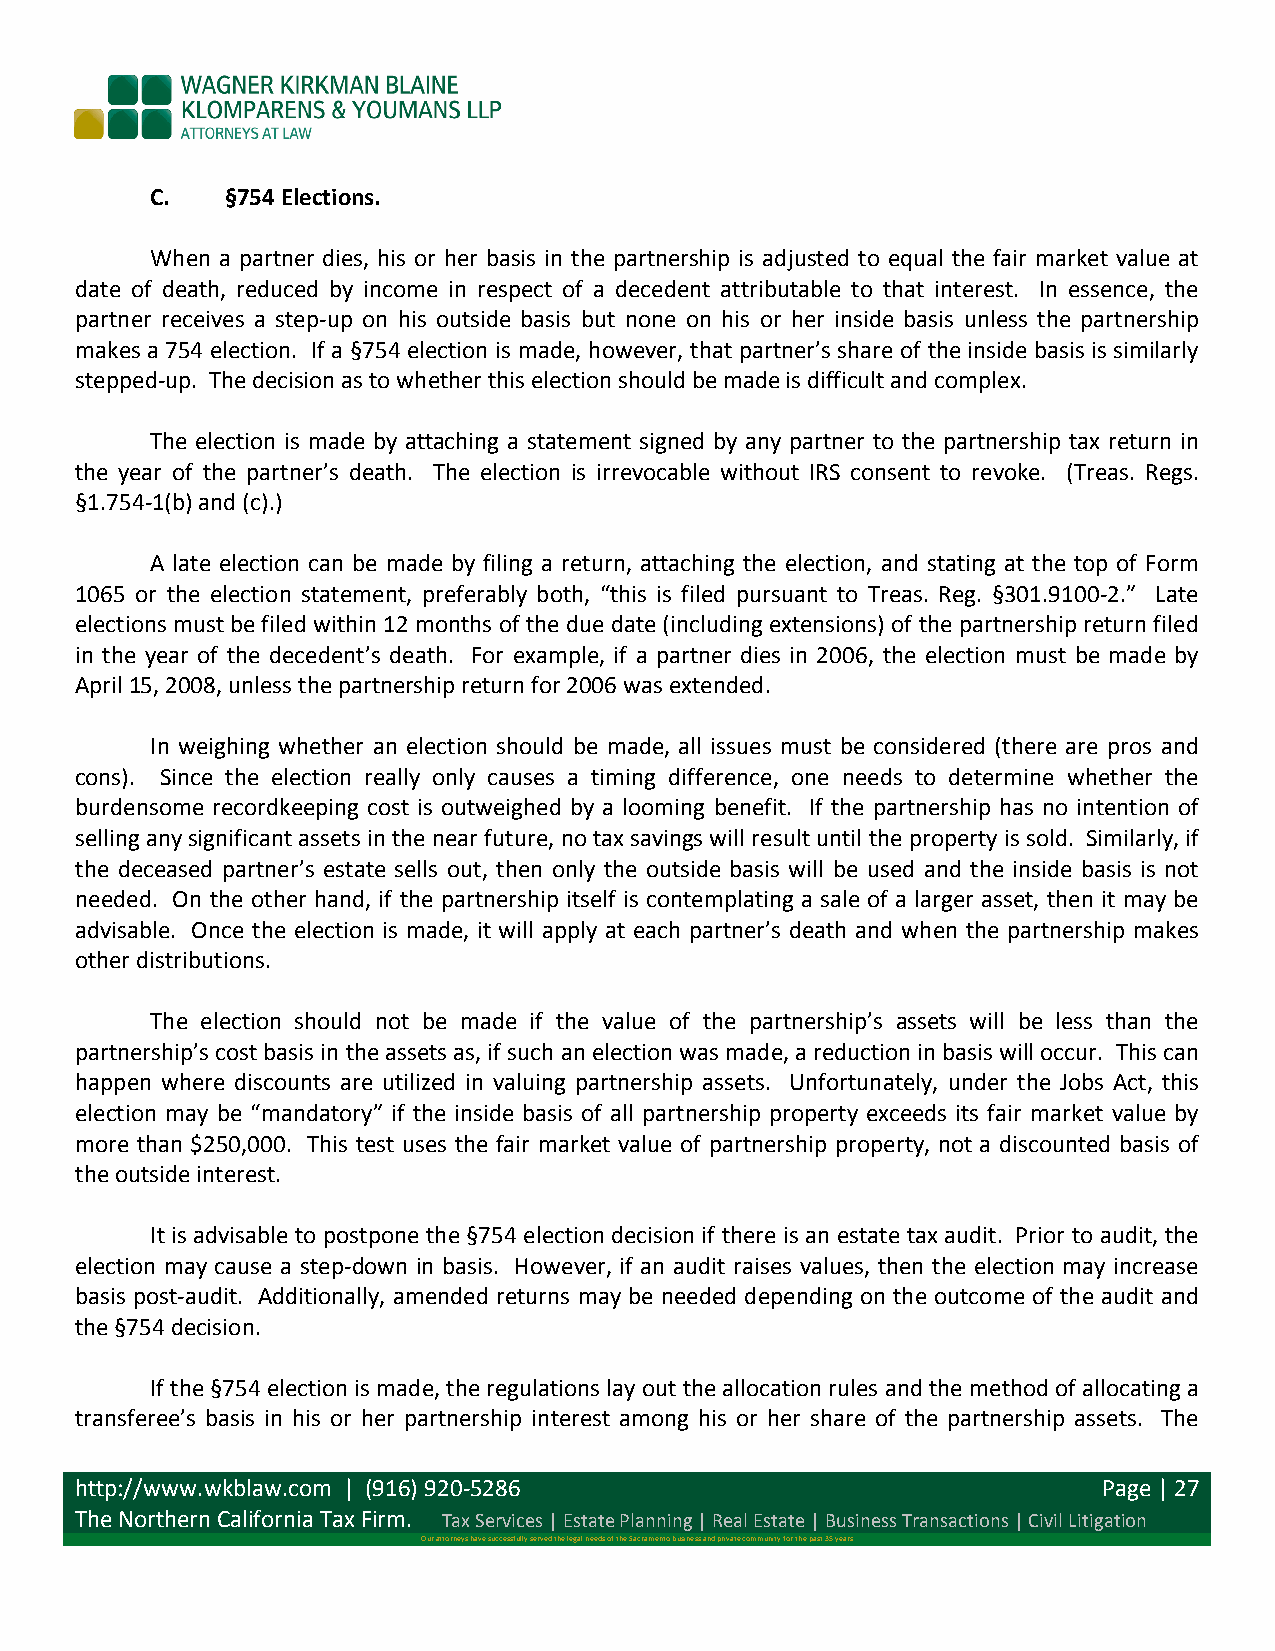
C.   §754 Elections.
 When a partner dies, his or her basis in the partnership is adjusted to equal the fair market value at
 date of death, reduced by income in respect of a decedent attributable to that interest. In essence, the
 partner receives a step-­‐up on his outside basis but none on his or her inside basis unless the partnership
 makes a 754 election. If a §754 election is made, however, that partner’s share of the inside basis is similarly
 stepped-­‐up. The decision as to whether this election should be made is difficult and complex.
 The election is made by attaching a statement signed by any partner to the partnership tax return in
 the year of the partner’s death. The election is irrevocable without IRS consent to revoke. (Treas. Regs.
 §1.754-­‐1(b) and (c).)
 A late election can be made by filing a return, attaching the election, and stating at the top of Form
 1065 or the election statement, preferably both, “this is filed pursuant to Treas. Reg. §301.9100-­‐2.” Late
 elections must be filed within 12 months of the due date (including extensions) of the partnership return filed
 in the year of the decedent’s death. For example, if a partner dies in 2006, the election must be made by
 April 15, 2008, unless the partnership return for 2006 was extended.
 In weighing whether an election should be made, all issues must be considered (there are pros and
 cons). Since the election really only causes a timing difference, one needs to determine whether the
 burdensome recordkeeping cost is outweighed by a looming benefit. If the partnership has no intention of
 selling any significant assets in the near future, no tax savings will result until the property is sold. Similarly, if
 the deceased partner’s estate sells out, then only the outside basis will be used and the inside basis is not
 needed. On the other hand, if the partnership itself is contemplating a sale of a larger asset, then it may be
 advisable. Once the election is made, it will apply at each partner’s death and when the partnership makes
 other distributions.
 The election should not be made if the value of the partnership’s assets will be less than the
 partnership’s cost basis in the assets as, if such an election was made, a reduction in basis will occur. This can
 happen where discounts are utilized in valuing partnership assets. Unfortunately, under the Jobs Act, this
 election may be “mandatory” if the inside basis of all partnership property exceeds its fair market value by
 more than $250,000. This test uses the fair market value of partnership property, not a discounted basis of
 the outside interest.
 It is advisable to postpone the §754 election decision if there is an estate tax audit. Prior to audit, the
 election may cause a step-­‐down in basis. However, if an audit raises values, then the election may increase
 basis post-­‐audit. Additionally, amended returns may be needed depending on the outcome of the audit and
 the §754 decision.
 If the §754 election is made, the regulations lay out the allocation rules and the method of allocating a
 transferee’s basis in his or her partnership interest among his or her share of the partnership assets. The
 http://www.wkblaw.com | (916) 920-­‐5286                            Page | 27
 The Northern California Tax Firm. Tax Services | Estate Planning | Real Estate | Business Transactions | Civil Litigation
 Our attorneys have successfully served the legal needs of the Sacramento business and private community for the past 35 years